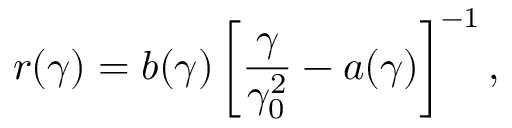
r ( \gamma ) = b ( \gamma ) \left[ \frac { \gamma } { \gamma _ { 0 } ^ { 2 } } - a ( \gamma ) \right] ^ { - 1 } ,